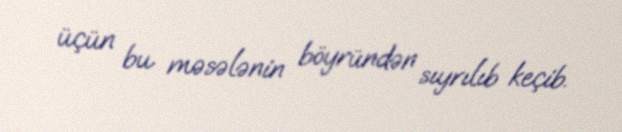
üçün bu məsələnin böyründən sıyrılıb keçib.